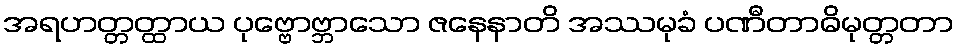
အရဟတ္တတ္ထာယ ပုဗ္ဗောဗ္ဘာသော ဇနေနာတိ အဿမုခံ ပဏီတာဓိမုတ္တတာ